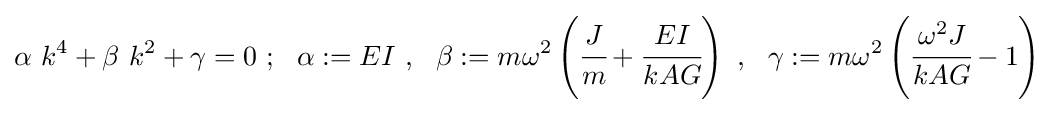
\alpha ~k^{4}+\beta ~k^{2}+\gamma =0~;~~\alpha :=EI~,~~\beta :=m\omega ^{2}\left({\cfrac {J}{m}}+{\cfrac {EI}{kAG}}\right)~,~~\gamma :=m\omega ^{2}\left({\cfrac {\omega ^{2}J}{kAG}}-1\right)